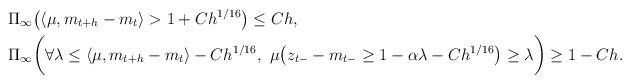
LaTeX: \begin{align*}&\Pi_{\infty} \bigl( \langle \mu,m_{t+h} - m_{t} \rangle > 1 + Ch^{1/16} \bigr) \leq C h,\\&\Pi_{\infty} \biggl( \forall \lambda \leq \langle \mu,m_{t+h} - m_{t} \rangle - Ch^{1/16}, \ \mu \bigl( z_{t-} - m_{t-} \geq 1- \alpha \lambda -C h^{1/16} \bigr)\geq \lambda \biggr) \geq 1 - Ch.\end{align*}